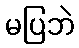
မပြဘဲ